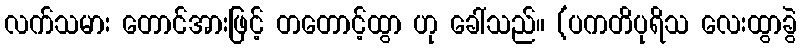
လက်သမား တောင်အားဖြင့် တတောင့်ထွာ ဟု ခေါ်သည်။ (ပကတိပုရိသ လေးထွာခွဲ